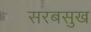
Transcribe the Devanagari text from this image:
सरबसुख